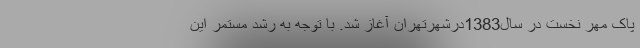
پاک مهر نخست در سال1383درشهرتهران آغاز شد. با توجه به رشد مستمر این